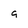
Character: g